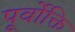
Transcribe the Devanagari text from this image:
पूर्वोक्ति